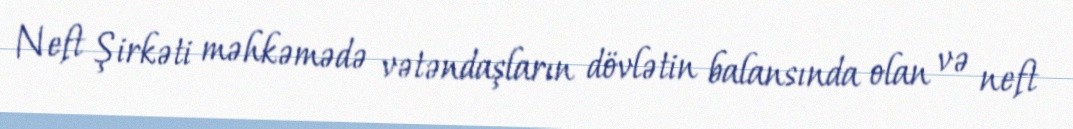
Neft Şirkəti məhkəmədə vətəndaşların dövlətin balansında olan və neft